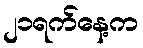
၂၁ရက်နေ့က